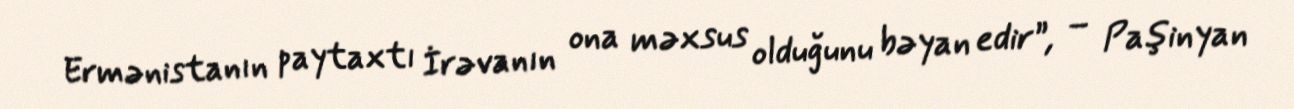
Ermənistanın paytaxtı İrəvanın ona məxsus olduğunu bəyan edir”, – Paşinyan